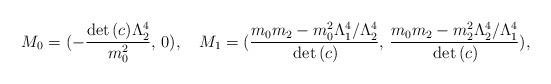
LaTeX: \begin{align*}M_{0}=(-\frac{\mathrm{det}\,(c)\Lambda _{2}^{4}}{m_{0}^{2}},\, 0),\quad M_{1}=(\frac{m_{0}m_{2}-m_{0}^{2}\Lambda _{1}^{4}/\Lambda _{2}^{4}}{\,\mathrm{det}\,(c)},\,\frac{m_{0}m_{2}-m_{2}^{2}\Lambda _{2}^{4}/\Lambda _{1}^{4}}{\,\mathrm{det}\,(c)}),\end{align*}